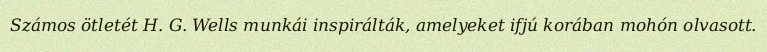
Számos ötletét H. G. Wells munkái inspirálták, amelyeket ifjú korában mohón olvasott.